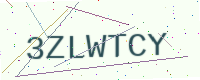
Text: 3ZLWTCY